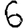
Digit: 6